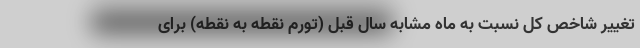
تغییر شاخص کل نسبت به ماه مشابه سال قبل (تورم نقطه به نقطه) برای